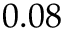
0 . 0 8